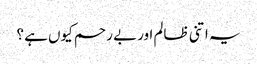
یہ اتنی ظالم اور بے رحم کیوں ہے ؟